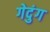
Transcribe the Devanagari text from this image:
गेदुंग